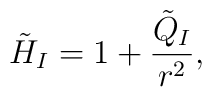
\tilde{H}_{I}=1+\frac{\tilde{Q}_{I}}{r^{2}},